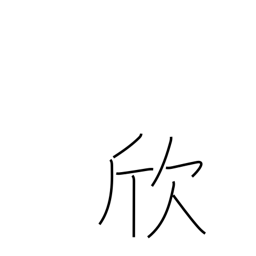
Meaning: take pleasure in